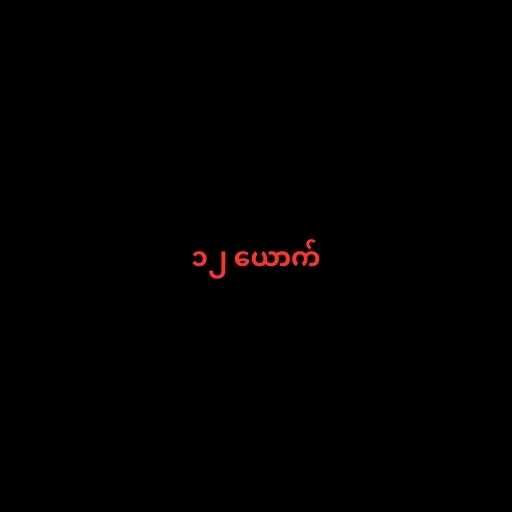
၁၂ ယောက်